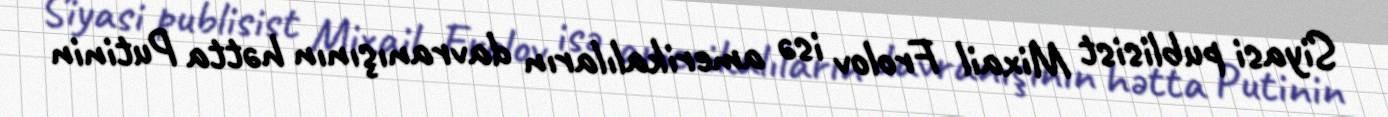
Siyasi publisist Mixail Frolov isə amerikalıların davranışının hətta Putinin